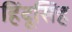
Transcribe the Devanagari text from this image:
हिंदूसिंह